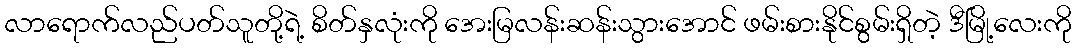
လာရောက်လည်ပတ်သူတို့ရဲ့ စိတ်နှလုံးကို အေးမြလန်းဆန်းသွားအောင် ဖမ်းစားနိုင်စွမ်းရှိတဲ့ ဒီမြို့လေးကို